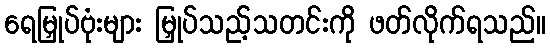
ရေမြှုပ်ဗုံးများ မြှုပ်သည့်သတင်းကို ဖတ်လိုက်ရသည်။